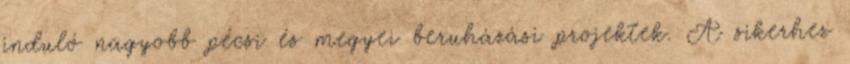
induló nagyobb pécsi és megyei beruházási projektek. A sikerhez